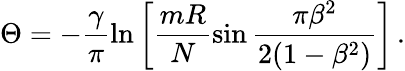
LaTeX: \Theta=-\frac{\gamma}{\pi}\ln\left[\frac{mR}{N}\sin\frac{\pi\beta^{2}}{2(1-\beta^{2})}\right]\, .